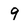
Character: 9